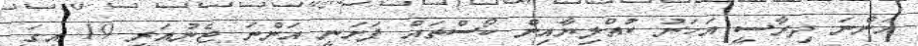
އަންނަ ދިރާސީ އަހަރު ކުއްލިޔާއިން ކޯސްތައް ފަށަނީ އަންނަ ޖެނުއަރީ 19 އިގަ